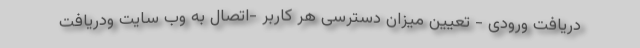
دریافت ورودی - تعیین میزان دسترسی هر کاربر -اتصال به وب سایت ودریافت